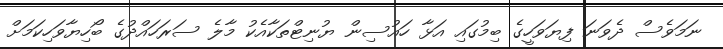
ނަމަވެސް ދެވަނަ ފިޔަވަހީގެ ބިމުގައި އަޅާ ހައުސިން ޔުނިޓްތަކާއެކު މާލެ ސަރަހައްދުގެ ބޯހިޔާވަހިކަމަށް